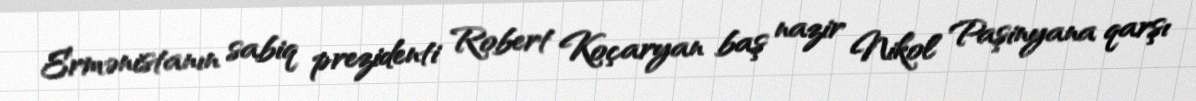
Ermənistanın sabiq prezidenti Robert Koçaryan baş nazir Nikol Paşinyana qarşı